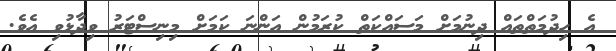
އެ ހިދުމަތްތައް ދިނުމަށް މަސައްކަތް ކުރަމުން އަންނަ ކަމަށް މިނިސްޓަރު ވިދާޅުވި އެވެ.